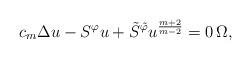
LaTeX: \begin{align*}c_m \Delta u - S^\varphi u + \tilde S^{\tilde\varphi} u^{\frac{m+2}{m-2}} = 0 \, \Omega,\end{align*}